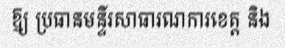
ឱ្យ ប្រធានមន្ទីរសាធារណការខេត្ត និង